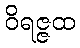
ဝိရဇ္ဇထ